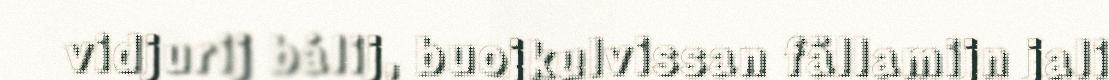
vidjurij bálij, buojkulvissan fällamijn jali